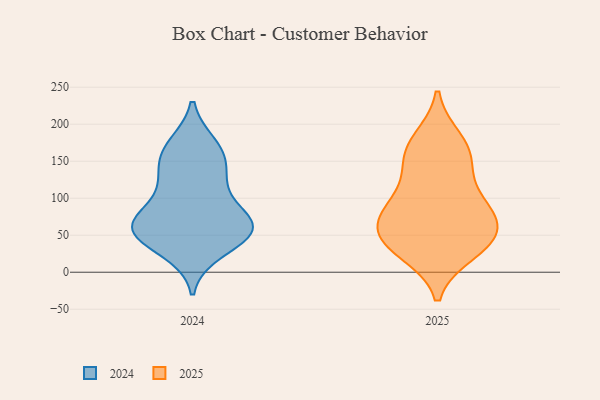
{"axis": {"x": "Active Users", "y": "Value"}, "legend": ["2024", "2025"], "data": [{"x": "", "y": 120, "type": "2024"}, {"x": "", "y": 75, "type": "2024"}, {"x": "", "y": 64, "type": "2024"}, {"x": "", "y": 29, "type": "2024"}, {"x": "", "y": 171, "type": "2024"}, {"x": "", "y": 138, "type": "2024"}, {"x": "", "y": 41, "type": "2024"}, {"x": "", "y": 68, "type": "2024"}, {"x": "", "y": 159, "type": "2024"}, {"x": "", "y": 165, "type": "2024"}, {"x": "", "y": 59, "type": "2024"}, {"x": "", "y": 62, "type": "2024"}, {"x": "", "y": 59, "type": "2024"}, {"x": "", "y": 55, "type": "2024"}, {"x": "", "y": 113, "type": "2024"}, {"x": "", "y": 42, "type": "2025"}, {"x": "", "y": 94, "type": "2025"}, {"x": "", "y": 178, "type": "2025"}, {"x": "", "y": 137, "type": "2025"}, {"x": "", "y": 48, "type": "2025"}, {"x": "", "y": 28, "type": "2025"}, {"x": "", "y": 156, "type": "2025"}, {"x": "", "y": 166, "type": "2025"}, {"x": "", "y": 39, "type": "2025"}, {"x": "", "y": 87, "type": "2025"}, {"x": "", "y": 81, "type": "2025"}, {"x": "", "y": 79, "type": "2025"}, {"x": "", "y": 48, "type": "2025"}]}